Indian journal of veterinary science and animal husbandry - Volumes 26-27, 1956-1957
Year: 1956
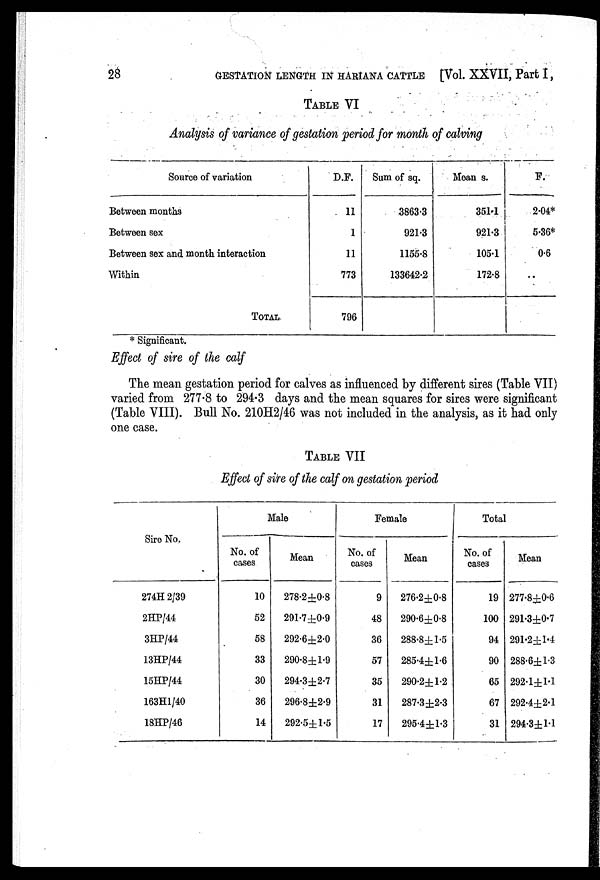
28
GESTATION LENGTH IN HARIANA CATTLE [Vol. XXVII, Part I,
TABLE VI
Analysis of variance of gestation period for month of calving
Source of variation
Between months
Between sex
Between sex and month interaction
Within
TOTAL.
D.F.
11
1
11
773
796
Sum of sq.
3863.3
921.3
1155.8
133642.2
Mean s.
351.1
921.3
105.1
172.8
F.
2.04*
5.36*
0.6
..
* Significant.
Effect of sire of the calf
The mean gestation period for calves as influenced by different sires (Table VII)
varied from 277.8 to 294.3 days and the mean squares for sires were significant
(Table VIII). Bull No. 210H2/46 was not included in the analysis, as it had only
one case.
TABLE VII
Effect of sire of the calf on gestation period
Sire No.
274H 2/39
2HP/44
3HP/44
13HP/44
15HP/44
163H1/40
18HP/46
Male
No. of
cases
10
52
58
33
30
36
14
Mean
278.2±0.8
291.7±0.9
292.6±2.0
290.8±1.9
294.3±2.7
296.8±2.9
292.5±1.5
Female
No. of
cases
9
48
36
57
35
31
17
Mean
276.2±0.8
290.6±0.8
288.8±1.5
285.4±1.6
290.2±1.2
287.3±2.3
295.4±1.3
Total
No. of
cases
19
100
94
90
65
67
31
Mean
277.8±0.6
291.3±0.7
291.2±1.4
288.6±1.3
292.1±1.1
292.4±2.1
294.3±1.1